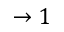
\rightarrow 1